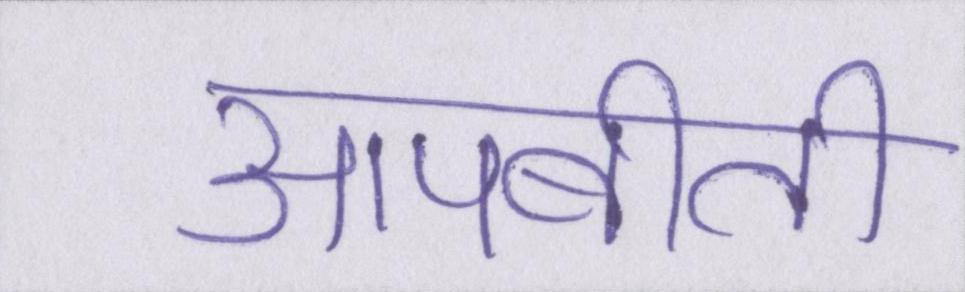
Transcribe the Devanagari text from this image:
आपबीती